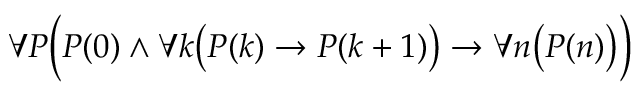
\displaystyle \forall P { \Bigl ( } P ( 0 ) \land \forall k { \bigl ( } P ( k ) \to P ( k + 1 ) { \bigr ) } \to \forall n { \bigl ( } P ( n ) { \bigr ) } { \Bigr ) }